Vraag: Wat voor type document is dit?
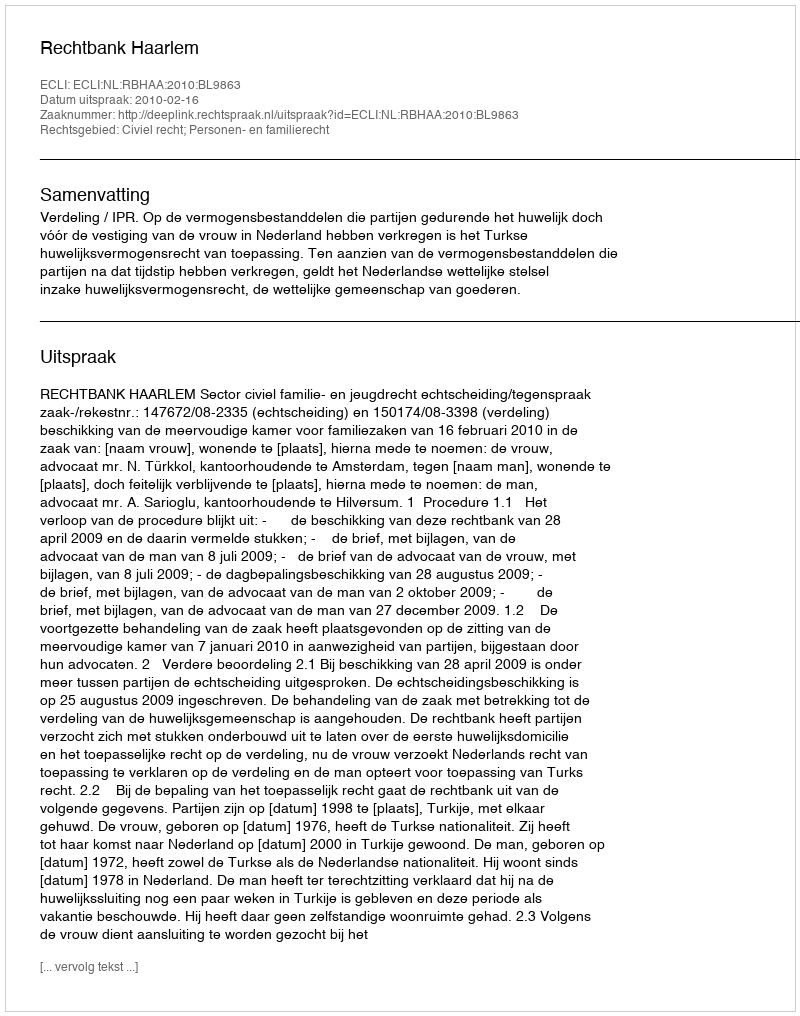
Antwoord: Uitspraak